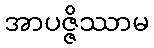
အာပဇ္ဇိဿာမ